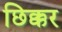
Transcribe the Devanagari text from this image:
छिक्कर